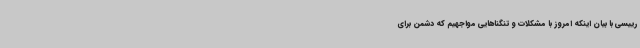
رییسی با بیان اینکه امروز با مشکلات و تنگناهایی مواجهیم که دشمن برای